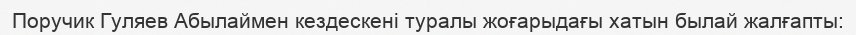
Поручик Гуляев Абылаймен кездескені туралы жоғарыдағы хатын былай жалғапты: